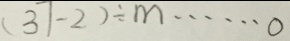
( 3 7 - 2 ) \div m \cdots 0